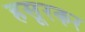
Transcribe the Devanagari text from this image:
हसूरकर